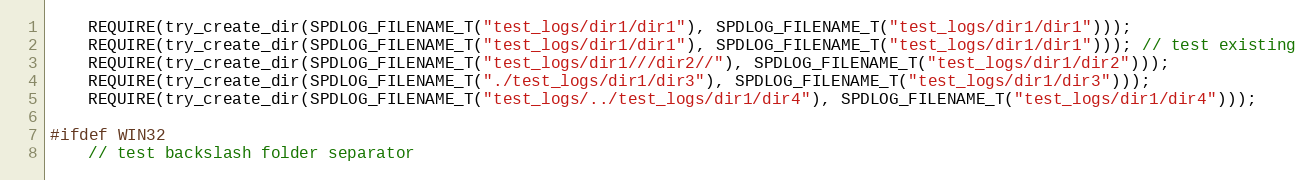
Language: C++
    REQUIRE(try_create_dir(SPDLOG_FILENAME_T("test_logs/dir1/dir1"), SPDLOG_FILENAME_T("test_logs/dir1/dir1")));
    REQUIRE(try_create_dir(SPDLOG_FILENAME_T("test_logs/dir1/dir1"), SPDLOG_FILENAME_T("test_logs/dir1/dir1"))); // test existing
    REQUIRE(try_create_dir(SPDLOG_FILENAME_T("test_logs/dir1///dir2//"), SPDLOG_FILENAME_T("test_logs/dir1/dir2")));
    REQUIRE(try_create_dir(SPDLOG_FILENAME_T("./test_logs/dir1/dir3"), SPDLOG_FILENAME_T("test_logs/dir1/dir3")));
    REQUIRE(try_create_dir(SPDLOG_FILENAME_T("test_logs/../test_logs/dir1/dir4"), SPDLOG_FILENAME_T("test_logs/dir1/dir4")));

#ifdef WIN32
    // test backslash folder separator